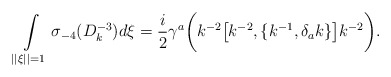
\begin{align*}\int \limits _{||\xi ||=1}\sigma _{-4}(D_{k}^{-3}) d\xi = \frac{i}{2}\gamma ^{a} \biggl( k^{-2} \bigl[ k^{-2} , \{k^{-1}, \delta _{a}k \}\bigr] k^{-2} \biggr).\end{align*}